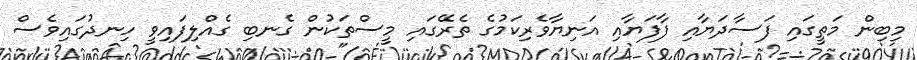
މިބިން މަތީގައި ފަސާދަޔާއި ފާފަޔާއި އަނިޔާވެރިކަމުގެ ތެރޭގައި މީސްތަކުން ގެނބި ގެއްލިފައިވީ ހިނދުގައިވެސް